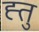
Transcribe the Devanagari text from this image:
ह्तु